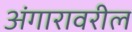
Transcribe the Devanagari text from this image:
अंगारावरील